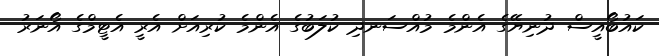
ކައުބޯއީސް ދުނިޔޭގެ އެންމެ މުއްސަނދި ކުލަބުގެ އެންމެ ކުރިއަށް އެރީ އެޓީމްގެ އޯނަރު